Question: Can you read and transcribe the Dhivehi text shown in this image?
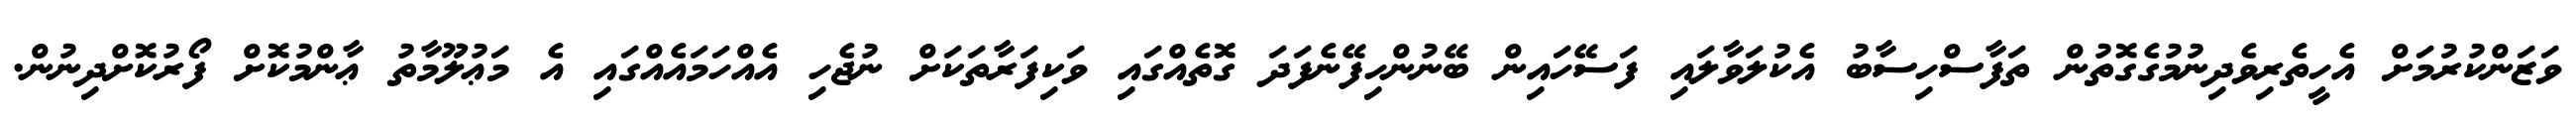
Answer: ވަޒަންކުރުމަށް އެހީތެރިވެދިނުމުގެގޮތުން ތަފާސްހިސާބު އެކުލަވާލައި ފަސޭހައިން ބޭނުންހިފޭނެފަދަ ގޮތެއްގައި ވަކިފަރާތަކަށް ނުޖެހި އެއްހަމައެއްގައި އެ މަޢުލޫމާތު ޢާންމުކޮށް ފޯރުކޮށްދިނުން.